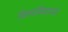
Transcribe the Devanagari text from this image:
विश्‍वविद्यायल